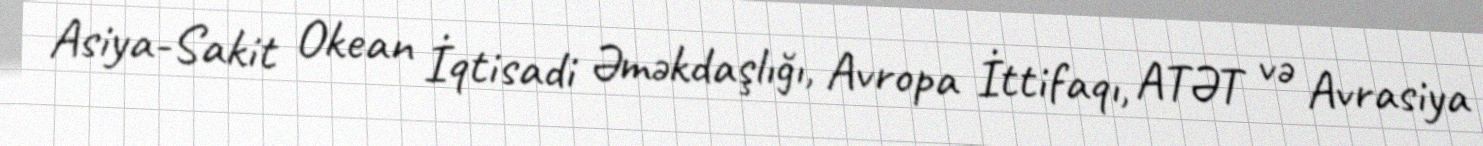
Asiya-Sakit Okean İqtisadi Əməkdaşlığı, Avropa İttifaqı, ATƏT və Avrasiya